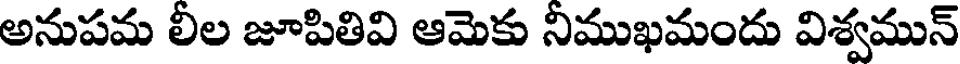
అనుపమ లీల జూపితివి ఆమెకు నిముఖమందు విశ్వమున్